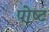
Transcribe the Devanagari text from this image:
पोष्‍ट